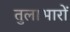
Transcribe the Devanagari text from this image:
तुलाभारों